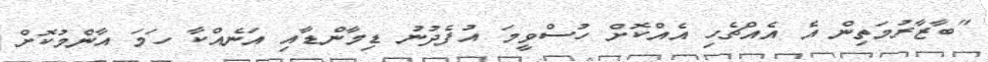
"ބާޒާރުމަތިން އެ އެއްޗެހި އެއްކޮށް ހުސްވީމަ އުފެދުނު ޑިމާންޑާއި އަނެއްކާ ހަމަ އާންމުކޮށް